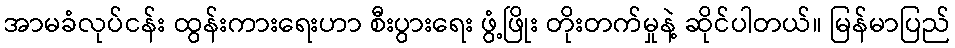
အာမခံလုပ်ငန်း ထွန်းကားရေးဟာ စီးပွားရေး ဖွံ့ဖြိုး တိုးတက်မှုနဲ့ ဆိုင်ပါတယ်။ မြန်မာပြည်